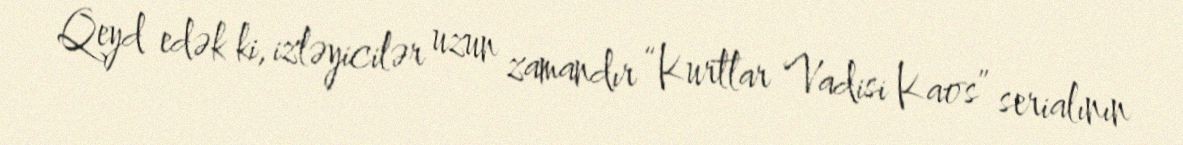
Qeyd edək ki, izləyicilər uzun zamandır “Kurtlar Vadisi Kaos” serialının